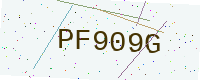
Text: PF909G